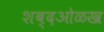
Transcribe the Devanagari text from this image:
शब्दओळख